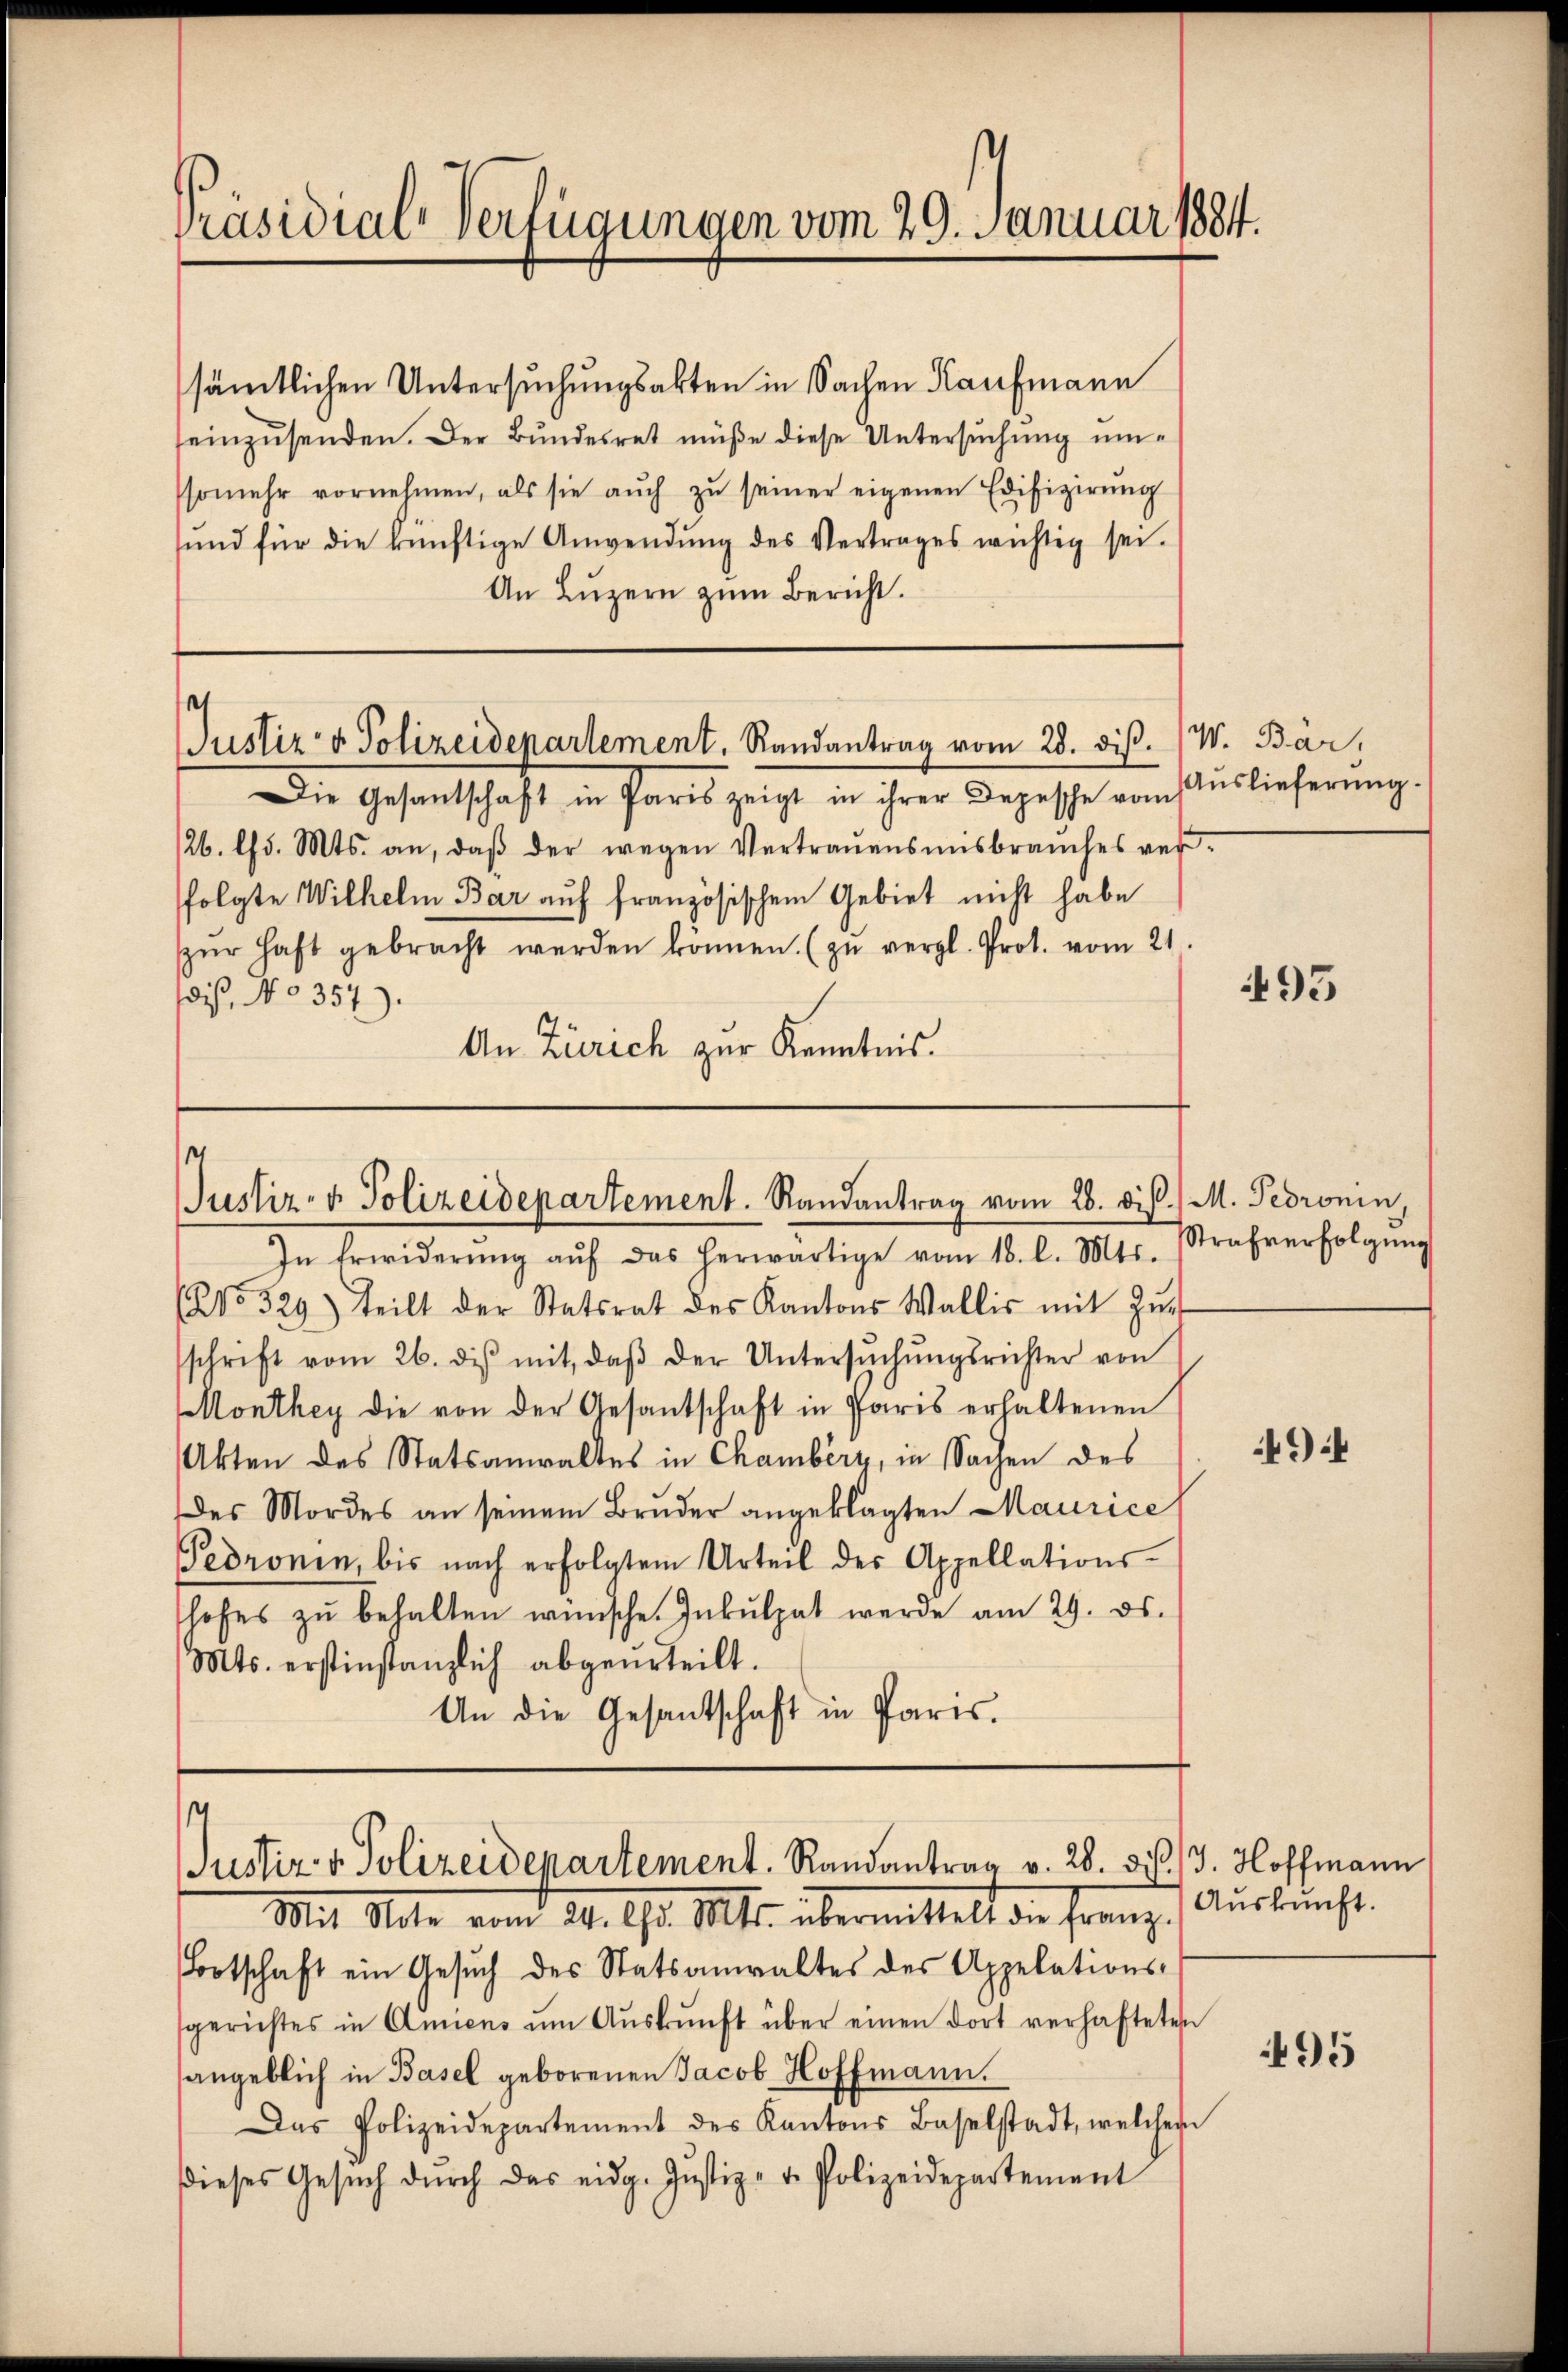
Präsidial-Verfügungen vom 29. Januar 1884.

sämtlichen Untersuchungsakten in Sachen Kaufmann
seinzŭsenden. Der Bundesret müße diese Untersuchung umsomehr vornehmen, als sie aŭch zŭ seiner eigenen Edifizierŭng
ŭnd für die künftige Anwendŭng des Vertrages wichtig sei.
An Lŭzern zum Bericht.

Justiz- & Polizeidepartement, Randantrag vom 28. diβ. W. Bär,

Die Gesandtschaft in Paris zeigt in ihrer Depesche vom
26. d. Mts. an, daβ der wegen Vertrauensmisbrauches ver-
folgte Wilhelm Bar auf französischem Gebiet nicht habe
zŭr haft gebracht werden können. (zŭ vergl. Prot. vom 21.
dis, No 357).
An Zürich zur Kenntnis.

1
Justiz- & Polizeidepartement. Randantrag vom 28. diß./ M. Pedronin,
In Erwiderŭng aŭf das herwärtige vom 18. l. Mts. Strafverfolgŭng

4
Justiz- & Polizeidepartement. Randantrag v. 28. dis
Mit Alte vom 24. A. III. übermittelt die Franz. Auskunft.

Auslieferung.

(No. 529) teilt der Statsrat des Kantons Wallis mit Zŭg
schrift vom 26. diβ mit, daβ der Untersŭchŭngsrichter von
onthey die von der Gesantschaft in Paris erhaltenen
Akten des Statsanwaltes in Chamberg, in Sachen des
des Mordes an seinem Bruder angeklagten Maurice
Pedronen, bis nach erfolgtem Urteil der Appellations-
hofes zŭ behalten wünsche. Inkulpat werde am 29. ds.
Mts. erstinstanzlich abgeurteilt.
An die Gesantschaft in Paris.

Botschaft ein Gesŭch des Statsanwaltes des Appelations-
sgerichtes in Amiens ŭm Aŭskŭnft über einen dort verhafteten
angeblich in Basel geborenen Jacob Hoffmann.
Das Polizeidepartement des Kantons Baselstadt, welchem
dieses Gesŭch dŭrch das eidg. Jŭstiz- u. Polizeidepartement

495

494

J. Hoffmann

495